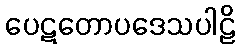
ပေဋတောပဒေသပါဠိ